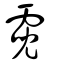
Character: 霓